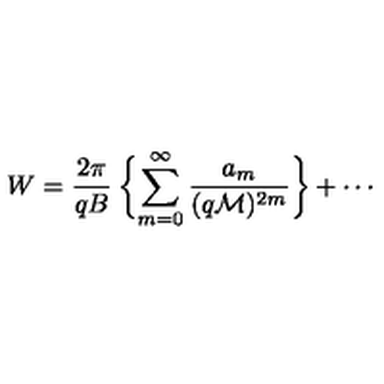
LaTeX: W = \frac { 2 \pi } { q B } \: \biggl \{ \sum _ { m = 0 } ^ { \infty } \frac { a _ { m } } { ( q { \cal M } ) ^ { 2 m } } \biggr \} + \cdots